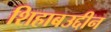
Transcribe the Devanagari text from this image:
शिहाबउद्दीन